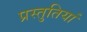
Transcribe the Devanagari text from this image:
प्रस्‍तुतियां